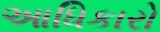
આધિકારો